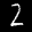
Label: 2